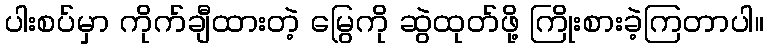
ပါးစပ်မှာ ကိုက်ချီထားတဲ့ မြွေကို ဆွဲထုတ်ဖို့ ကြိုးစားခဲ့ကြတာပါ။